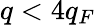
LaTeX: q<4q_{F}